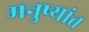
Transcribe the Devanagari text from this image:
मनुष्यांत